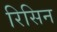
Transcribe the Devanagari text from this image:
रिसिन